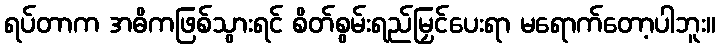
ရပ်တာက အဓိကဖြစ်သွားရင် စိတ်စွမ်းရည်မြှင်ပေးရာ မရောက်တော့ပါဘူး။